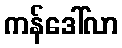
ကန်ဒေါ်လာ